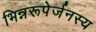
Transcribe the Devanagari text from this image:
भिन्नरूपेर्जनस्य